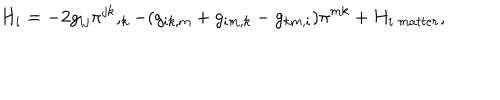
H _ { i } = - 2 g _ { i j } \pi ^ { j k } , _ { k } - ( g _ { i k , m } + g _ { i m , k } - g _ { k m , i } ) \pi ^ { m k } + H _ { i \; m a t t e r } ,